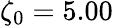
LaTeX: \zeta_{0}=5.00